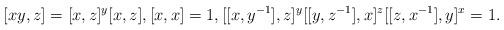
LaTeX: \begin{align*}[xy,z] = [x,z]^y [x,z],[x,x] = 1,[[x,y^{-1}],z]^{y}[[y,z^{-1}],x]^z[[z,x^{-1}],y]^x = 1.\end{align*}